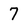
Character: 7